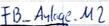
Text: FB_Anlage.M2